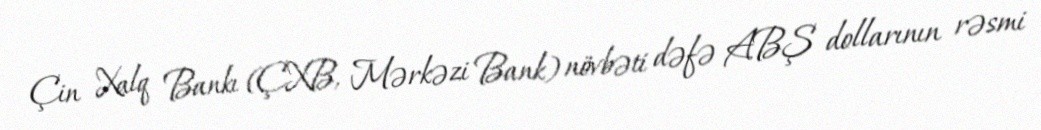
Çin Xalq Bankı (ÇXB, Mərkəzi Bank) növbəti dəfə ABŞ dollarının rəsmi